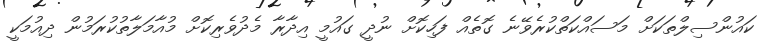
ކައުންސިލްތަކަށް މަސައްކަތްކުރެވޭނެ ގޮތެއް ފަހިކޮށް ނުދީ ގައުމީ އިދާރާ މެދުވެރިކޮށް މުއާމަލާތުކުރަމުން ދިއުމަކީ